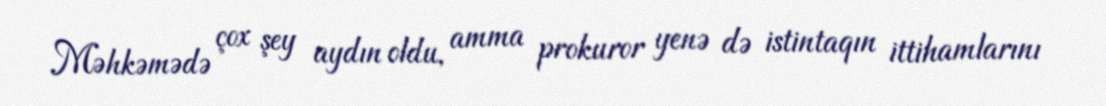
Məhkəmədə çox şey aydın oldu, amma prokuror yenə də istintaqın ittihamlarını